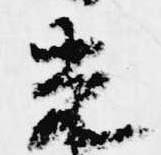
光